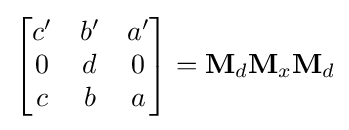
{\begin{bmatrix}c'&b'&a'\\0&d&0\\c&b&a\end{bmatrix}}=\mathbf {M} _{d}\mathbf {M} _{x}\mathbf {M} _{d}